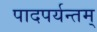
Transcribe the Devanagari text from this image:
पादपर्यन्तम्‌